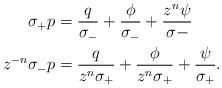
LaTeX: \begin{align*}\begin{aligned}\sigma_{+}p &= \frac{q}{\sigma_{-}}+\frac{\phi}{\sigma_{-}}+\frac{z^{n}\psi}{\sigma{-}} \\z^{-n}\sigma_{-}p &= \frac{q}{z^{n}\sigma_{+}} + \frac{\phi}{z^{n}\sigma_{+}}+\frac{\psi}{\sigma_{+}}. \end{aligned}\end{align*}